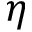
\eta